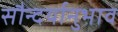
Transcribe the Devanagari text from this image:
सौन्दर्यानुभाव